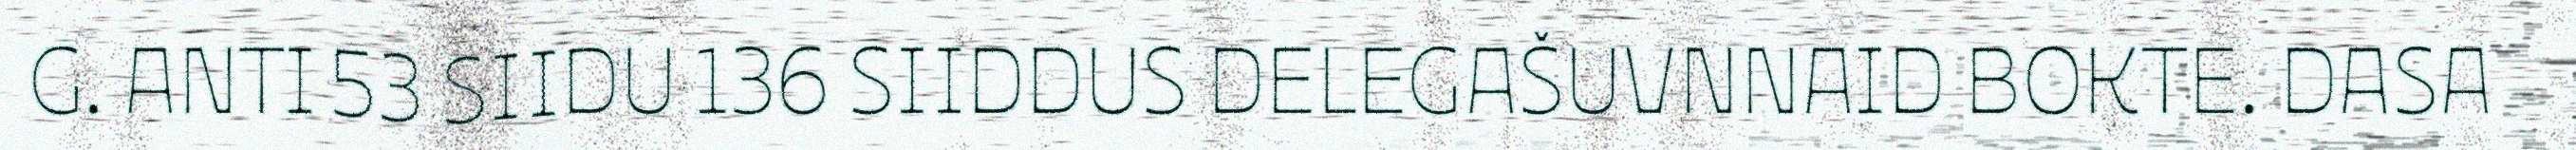
G. ANTI 53 SIIDU 136 SIIDDUS DELEGAŠUVNNAID BOKTE. DASA